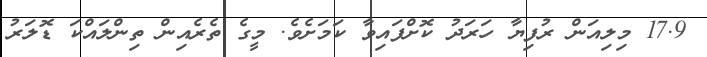
17.9 މިލިއަން ރުފިޔާ ހަރަދު ކޮށްފައިވާ ކަމަށެވެ. މީގެ ތެރެއިން ތިންލައްކަ ޑޮލަރު